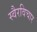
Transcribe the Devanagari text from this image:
स्वैरविचार